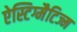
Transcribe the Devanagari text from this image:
ऐस्टिग्मैटिज्म